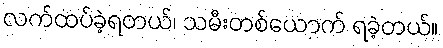
လက်ထပ်ခဲ့ရတယ်၊ သမီးတစ်ယောက် ရခဲ့တယ်။